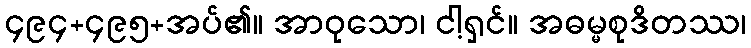
၄၉၄+၄၉၅+အပ်၏။ အာဝုသော၊ ငါ့ရှင်။ အဓမ္မစုဒိတဿ၊